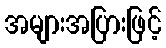
အများအပြားဖြင့်